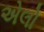
એલો